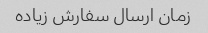
زمان ارسال سفارش زیاده